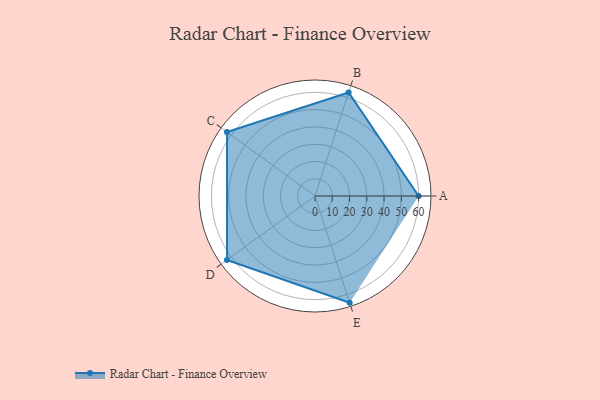
{"axis": {"x": "Skill", "y": "Score"}, "legend": ["Profile"], "data": [{"x": "A", "y": 60.0, "type": "Profile"}, {"x": "B", "y": 63.0, "type": "Profile"}, {"x": "C", "y": 63.0, "type": "Profile"}, {"x": "D", "y": 63.0, "type": "Profile"}, {"x": "E", "y": 65.0, "type": "Profile"}]}